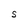
Character: S